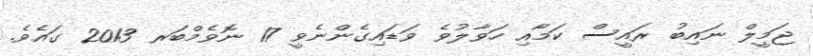
ޖަމީލް ނައިބު ރައީސް ކަމާއި ހަވާލުވެ ވަޑައިގެންނެވީ 17 ނޮވެމްބަރ 2013 ގައެވެ.